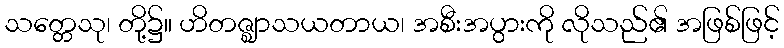
သတ္တေသု၊ တို့၌။ ဟိတဇ္ဈာသယတာယ၊ အစီးအပွားကို လိုသည်၏ အဖြစ်ဖြင့်